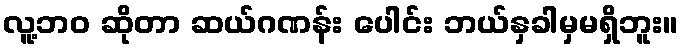
လူ့ဘဝ ဆိုတာ ဆယ်ဂဏန်း ပေါင်း ဘယ်နှခါမှမရှိဘူး။